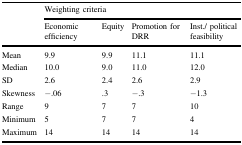
|  | <COLSPAN=4> Weighting criteria |
 |  | Economic efficiency | Equity | Promotion for DRR | Inst./ political feasibility |
 | --- | --- | --- | --- | --- |
 | Mean | 9.9 | 9.9 | 11.1 | 11.1 |
 | Median | 10.0 | 9.0 | 11.0 | 12.0 |
 | SD | 2.6 | 2.4 | 2.6 | 2.9 |
 | Skewness | −.06 | .3 | −.3 | −1.3 |
 | Range | 9 | 7 | 7 | 10 |
 | Minimum | 5 | 7 | 7 | 4 |
 | Maximum | 14 | 14 | 14 | 14 |